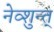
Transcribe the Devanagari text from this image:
नेव्शुन्त्